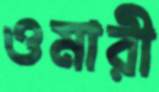
ওমারী